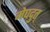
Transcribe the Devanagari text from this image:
मेघदुत्